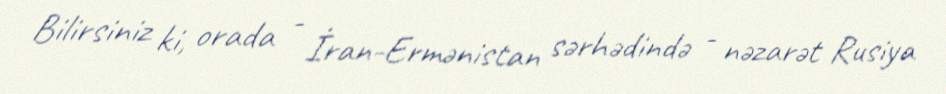
Bilirsiniz ki, orada - İran-Ermənistan sərhədində - nəzarət Rusiya